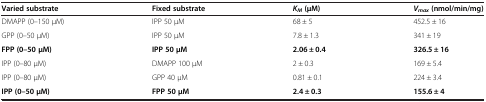
| Varied substrate | Fixed substrate | KM (μM) | Vmax (nmol/min/mg) |
 | --- | --- | --- | --- |
 | DMAPP (0–150 μM) | IPP 50 μM | 68 ± 5 | 452.5 ± 16 |
 | GPP (0–50 μM) | IPP 50 μM | 7.8 ± 1.3 | 341 ± 19 |
 | FPP (0–50 μM) | IPP 50 μM | 2.06 ± 0.4 | 326.5 ± 16 |
 | IPP (0–80 μM) | DMAPP 100 μM | 2 ± 0.3 | 169 ± 5.4 |
 | IPP (0–80 μM) | GPP 40 μM | 0.81 ± 0.1 | 224 ± 3.4 |
 | IPP (0–50 μM) | FPP 50 μM | 2.4 ± 0.3 | 155.6 ± 4 |